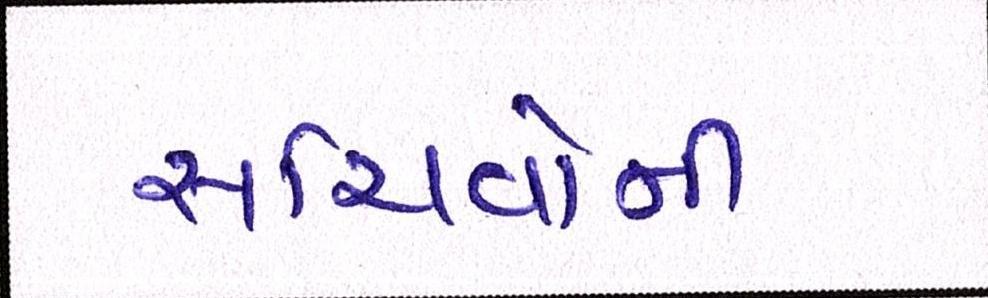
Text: સચિવોની